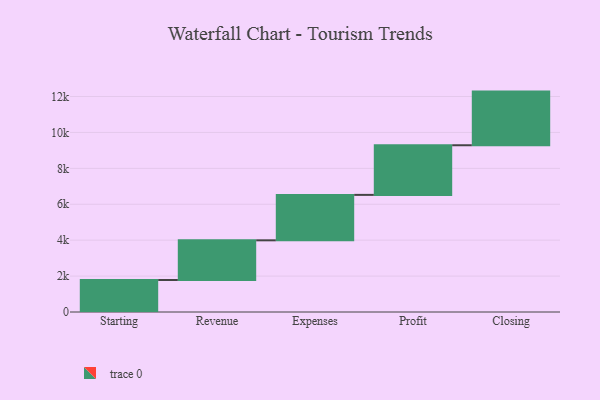
{"axis": {"x": "Step", "y": "Value"}, "legend": [""], "data": [{"x": "Starting", "y": 1782.0, "type": ""}, {"x": "Revenue", "y": 2210.0, "type": ""}, {"x": "Expenses", "y": 2531.0, "type": ""}, {"x": "Profit", "y": 2764.0, "type": ""}, {"x": "Closing", "y": 2988.0, "type": ""}]}